Report on the lunatic asylums in Bengal - 1862-
Year: 1862
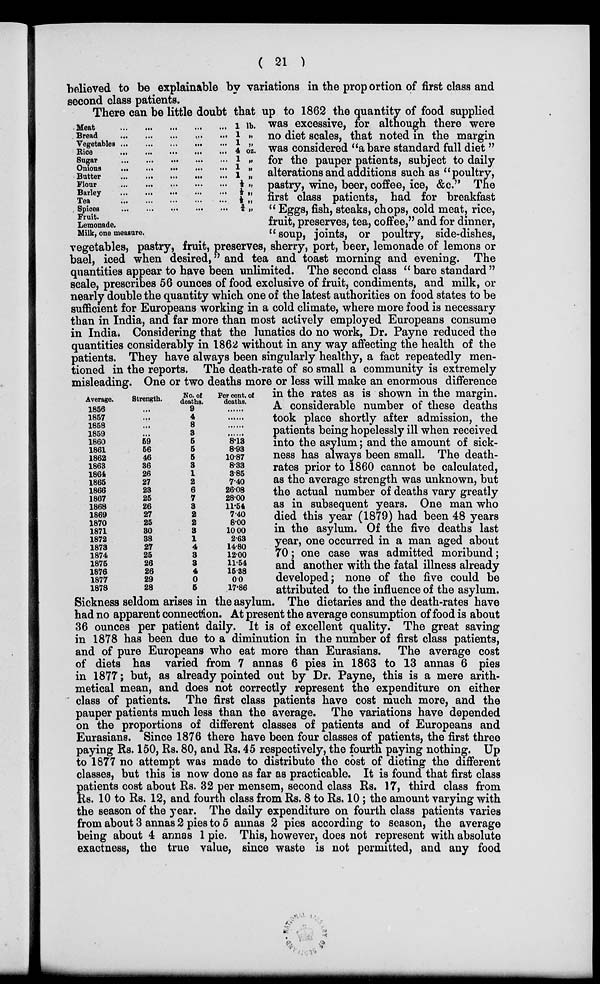
( 21 )
believed to be explainable by variations in the proportion of first class and
second class patients.
Meat
...
...
...
...
...
Bread
...
...
...
...
...
Vegetables
...
...
...
...
...
Rice
...
...
...
...
...
Sugar
...
...
...
...
...
Onions
...
...
...
...
...
Butter
...
...
...
...
...
Flour
...
...
...
...
...
Barley
...
...
...
...
...
Tea
...
...
...
...
...
Spices
...
...
...
...
...
Fruit.
Lemonade.
Milk, one measure.
1 lb.
1 „
1 „
4 oz.
1 „
1 „
1 „
½ „
½ „
½ „
¾ „
Average.
1856
1857
1858
1859
1860
1861
1862
1863
1864
1865
1866
1867
1868
1869
1870
1871
1872
1873
1874
1875
1876
1877
1878
Strength.
...
...
...
...
59
56
46
36
26
27
23
25
26
27
25
30
38
27
25
26
26
29
28
No. of
deaths.
9
4
8
3
5
5
5
3
1
2
6
7
3
2
2
3
1
4
3
3
4
0
5
Per cent. of
deaths.
......
......
......
......
8.13
8.93
10.87
8.33
3.85
7.40
26.08
28.00
11.54
7.40
8.00
10.00
2.63
14.80
12.00
11.54
15.38
0.0
17.86
There can be little doubt that up to 1862 the quantity of food supplied
was excessive, for although there were
no diet scales, that noted in the margin
was considered "a bare standard full diet "
for the pauper patients, subject to daily
alterations and additions such as "poultry,
pastry, wine, beer, coffee, ice, &c." The
first class patients, had for breakfast
" Eggs, fish, steaks, chops, cold meat, rice,
fruit, preserves, tea, coffee," and for dinner,
"soup, joints, or poultry, side-dishes,
vegetables, pastry, fruit, preserves, sherry, port, beer, lemonade of lemons or
bael, iced when desired," and tea and toast morning and evening. The
quantities appear to have been unlimited. The second class " bare standard "
scale, prescribes 56 ounces of food exclusive of fruit, condiments, and milk, or
nearly double the quantity which one of the latest authorities on food states to be
sufficient for Europeans working in a cold climate, where more food is necessary
than in India, and far more than most actively employed Europeans consume
in India. Considering that the lunatics do no work, Dr. Payne reduced the
quantities considerably in 1862 without in any way affecting the health of the
patients. They have always been singularly healthy, a fact repeatedly men-
tioned in the reports. The death-rate of so small a community is extremely
misleading. One or two deaths more or less will make an enormous difference
in the rates as is shown in the margin.
A considerable number of these deaths
took place shortly after admission, the
patients being hopelessly ill when received
into the asylum; and the amount of sick-
ness has always been small. The death-
rates prior to 1860 cannot be calculated,
as the average strength was unknown, but
the actual number of deaths vary greatly
as in subsequent years. One man who
died this year (1879) had been 48 years
in the asylum. Of the five deaths last
year, one occurred in a man aged about
70; one case was admitted moribund;
and another with the fatal illness already
developed; none of the five could be
attributed to the influence of the asylum.
Sickness seldom arises in the asylum. The dietaries and the death-rates have
had no apparent connection. At present the average consumption of food is about
36 ounces per patient daily. It is of excellent quality. The great saving
in 1878 has been due to a diminution in the number of first class patients,
and of pure Europeans who eat more than Eurasians. The average cost
of diets has varied from 7 annas 6 pies in 1863 to 13 annas 6 pies
in 1877; but, as already pointed out by Dr. Payne, this is a mere arith-
metical mean, and does not correctly represent the expenditure on either
class of patients. The first class patients have cost much more, and the
pauper patients much less than the average. The variations have depended
on the proportions of different classes of patients and of Europeans and
Eurasians. Since 1876 there have been four classes of patients, the first three
paying Rs. 150, Rs. 80, and Rs. 45 respectively, the fourth paying nothing. Up
to 1877 no attempt was made to distribute the cost of dieting the different
classes, but this is now done as far as practicable. It is found that first class
patients cost about Rs. 32 per mensem, second class Rs. 17, third class from
Rs. 10 to Rs. 12, and fourth class from Rs. 8 to Rs. 10 ; the amount varying with
the season of the year. The daily expenditure on fourth class patients varies
from about 3 annas 2 pies to 5 annas 2 pies according to season, the average
being about 4 annas 1 pie. This, however, does not represent with absolute
exactness, the true value, since waste is not permitted, and any food